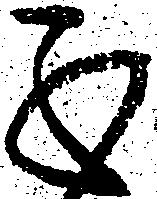
不